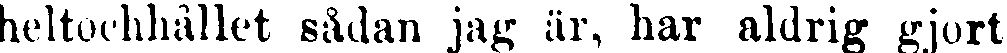
heltochhållet sådan jag är, har aldrig gjort